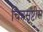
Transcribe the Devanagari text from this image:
चित्रसृष्टीस